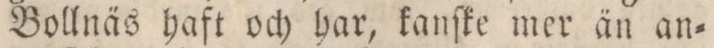
Bollnäs haft och har, kanſke mer än an=